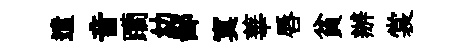
遣音躪幼鄙寞華唇貧辦裳